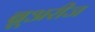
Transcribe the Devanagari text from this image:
ब्रूअरीज